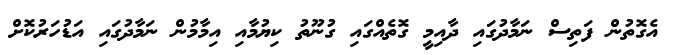
އެގޮތުން ފަތިސް ނަމާދުގައި ދާއިމީ ގޮތެއްގައި ގުނޫތު ކިޔުމާއި އިމާމުން ނަމާދުގައި އަޑުހަރުކޮށް